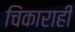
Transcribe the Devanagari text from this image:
चिंकाराही